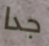
جدا